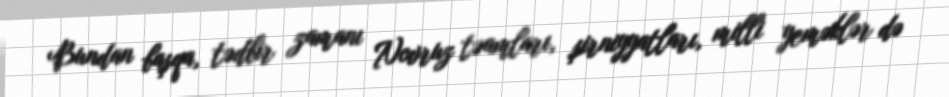
Bundan başqa, tədbir zamanı Novruz təamları, şirniyyatları, milli yeməklər də